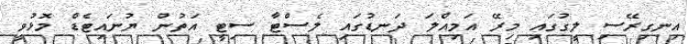
އިނގިރޭސި ލީގުގައި މިރޭ އަމިއްލަ ދަނޑުގައި ލެސްޓާ ސިޓީ އަތުން ޔުނައިޓެޑް މޮޅުވީ